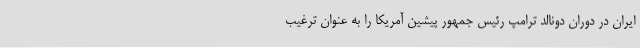
ایران در دوران دونالد ترامپ رئیس جمهور پیشین آمریکا را به عنوان ترغیب